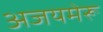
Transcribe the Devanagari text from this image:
अजयमेरू